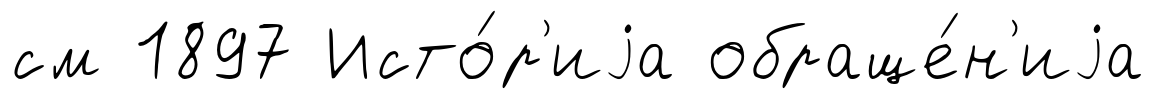
см 1897 Исто́р'иjа обраще́н'иjа